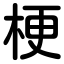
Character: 梗